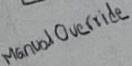
Text: Manual Override